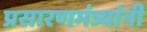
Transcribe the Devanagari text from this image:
प्रसारणमंत्र्यांनी